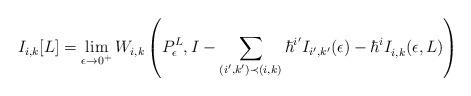
LaTeX: \begin{align*} I_{i, k}[L] = \lim_{\epsilon \to 0^+}W_{i, k}\left(P_\epsilon^L, I - \sum_{(i', k') \prec (i, k)}\hbar^{i'}I_{i', k'}(\epsilon) - \hbar^iI^{}_{i, k}(\epsilon, L)\right)\end{align*}